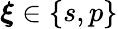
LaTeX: {\boldsymbol{\xi}}\in\{ {s},{p}\}